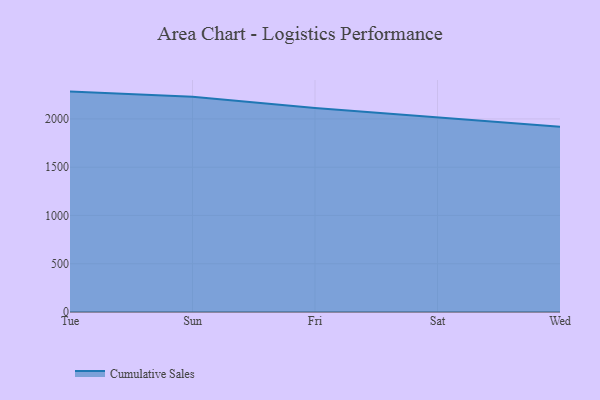
{"axis": {"x": "Day", "y": "Net Income (USD K)"}, "legend": ["Cumulative Sales"], "data": [{"x": "Tue", "y": 2283.0, "type": "Cumulative Sales"}, {"x": "Sun", "y": 2229.4, "type": "Cumulative Sales"}, {"x": "Fri", "y": 2112.9, "type": "Cumulative Sales"}, {"x": "Sat", "y": 2016.4, "type": "Cumulative Sales"}, {"x": "Wed", "y": 1918.9, "type": "Cumulative Sales"}]}